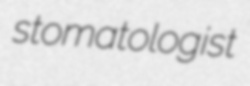
stomatologist